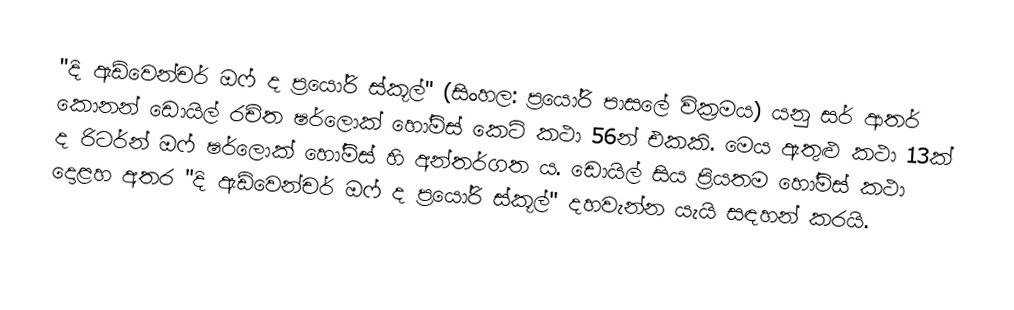
"දි ඇඩ්වෙන්චර් ඔෆ් ද ප්‍රයෝරි ස්කූල්" (සිංහල: ප්‍රයෝරි පාසලේ වික්‍රමය) යනු සර් ආතර් කොනන් ඩොයිල් රචිත ෂර්ලොක් හෝම්ස් කෙටි කථා 56න් එකකි. මෙය ඇතුළු කථා 13ක් ද රිටර්න් ඔෆ් ෂර්ලොක් හෝම්ස් හි අන්තර්ගත ය. ඩොයිල් සිය ප්‍රියතම හෝම්ස් කථා දොළහ අතර "දි ඇඩ්වෙන්චර් ඔෆ් ද ප්‍රයෝරි ස්කූල්" දහවැන්න යැයි සඳහන් කරයි.